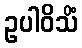
ဥပါဝိသိံ